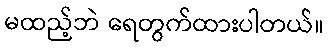
မထည့်ဘဲ ရေတွက်ထားပါတယ်။